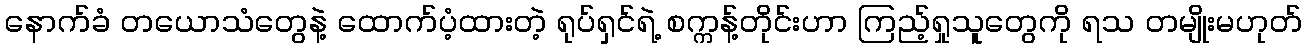
နောက်ခံ တယောသံတွေနဲ့ ထောက်ပံ့ထားတဲ့ ရုပ်ရှင်ရဲ့ စက္ကန့်တိုင်းဟာ ကြည့်ရှုသူတွေကို ရသ တမျိုးမဟုတ်